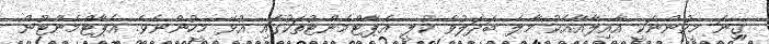
ގިނަ މީހުންނަކީ އާއިލާއާއެކު މާލެ ބަދަލުވެ ކުލީ އެޕާޓްމެންޓުތަކުގައި އުޅޭ މީހުންނެވެ. އެޕާޓްމެންޓުން